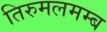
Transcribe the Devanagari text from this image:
तिरुमलमम्ब